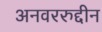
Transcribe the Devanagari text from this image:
अनवररुद्दीन